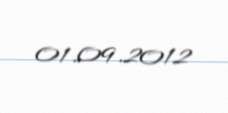
01.09.2012